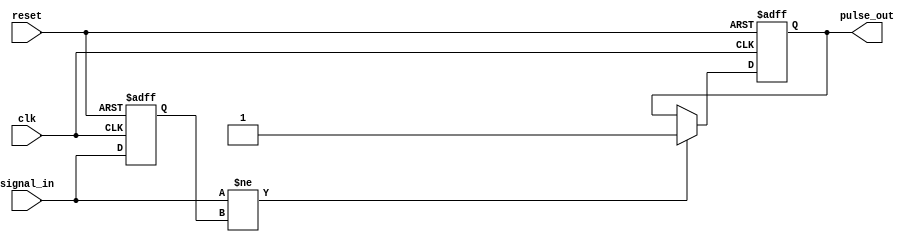
module monostable_edge_detector (
    input wire clk,          // Clock signal
    input wire reset,        // Reset signal
    input wire signal_in,    // Input signal to detect edges
    output reg pulse_out     // Output pulse
);

    // Internal signals
    reg signal_prev;         // Previous state of the input signal
    reg pulse_active;        // Indicates if the pulse is currently active

    // Parameters for pulse width
    parameter PULSE_WIDTH = 10; // Number of clock cycles for the pulse width

    // Edge detection and pulse generation
    always @(posedge clk or posedge reset) begin
        if (reset) begin
            signal_prev <= 1'b0; // Initialize previous signal state
            pulse_out <= 1'b0;    // Initialize output pulse
            pulse_active <= 1'b0;  // Pulse is inactive
        end else begin
            // Edge detection
            if (signal_in != signal_prev) begin
                // A change in the input signal detected
                pulse_out <= 1'b1;    // Generate output pulse
                pulse_active <= 1'b1;  // Set pulse active flag
            end
            
            // Store the current state of the input signal
            signal_prev <= signal_in;
            
            // Manage the pulse width
            if (pulse_active) begin
                if (PULSE_WIDTH > 0) begin
                    PULSE_WIDTH <= PULSE_WIDTH - 1; // Decrement pulse width counter
                end else begin
                    pulse_out <= 1'b0;    // Deactivate the pulse
                    pulse_active <= 1'b0;  // Clear pulse active flag
                end
            end
        end
    end

endmodule